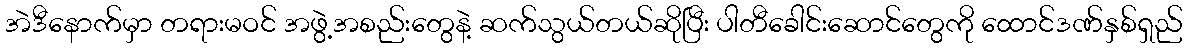
အဲဒီနောက်မှာ တရားမဝင် အဖွဲ့အစည်းတွေနဲ့ ဆက်သွယ်တယ်ဆိုပြီး ပါတီခေါင်းဆောင်တွေကို ထောင်ဒဏ်နှစ်ရှည်